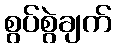
စွပ်စွဲချက်